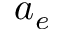
a _ { e }